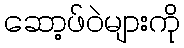
ဆော့ဖ်ဝဲများကို